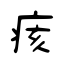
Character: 痎